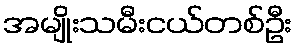
အမျိုးသမီးငယ်တစ်ဦး